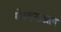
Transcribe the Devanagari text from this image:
गोल्डनाआय